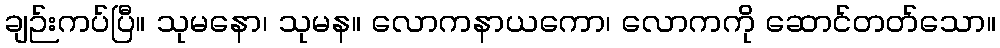
ချဉ်းကပ်ပြီ။ သုမနော၊ သုမန။ လောကနာယကော၊ လောကကို ဆောင်တတ်သော။